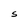
Character: S